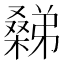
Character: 𣜹